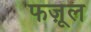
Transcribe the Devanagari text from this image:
फज़ूल